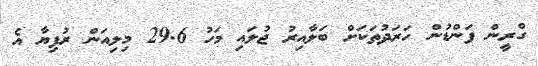
ގްރީން ފަންޑުން ހަރަދުތަކަށް ބަލާއިރު ޖުލައި މަހު 29.6 މިލިއަން ރުފިޔާ އެ